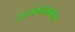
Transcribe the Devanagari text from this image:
राज्यकारभाराला